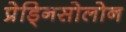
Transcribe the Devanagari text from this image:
प्रेड्निसोलोन